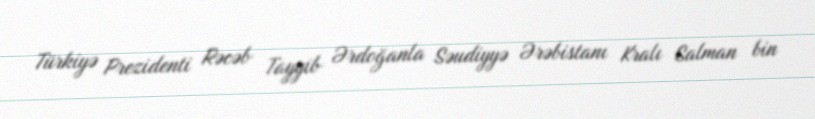
Türkiyə Prezidenti Rəcəb Tayyib Ərdoğanla Səudiyyə Ərəbistanı Kralı Salman bin